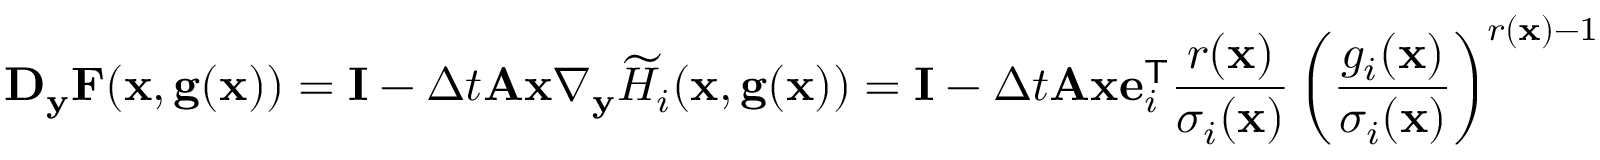
\mathbf D _ { \mathbf y } \mathbf F ( \mathbf x , \mathbf g ( \mathbf x ) ) = \mathbf I - \Delta t \mathbf A \mathbf x \nabla _ { \mathbf y } \widetilde H _ { i } ( \mathbf x , \mathbf g ( \mathbf x ) ) = \mathbf I - \Delta t \mathbf A \mathbf x \mathbf e _ { i } ^ { \mathsf { T } } \frac { r ( \mathbf x ) } { \sigma _ { i } ( \mathbf x ) } \left( \frac { g _ { i } ( \mathbf x ) } { \sigma _ { i } ( \mathbf x ) } \right) ^ { r ( \mathbf x ) - 1 }